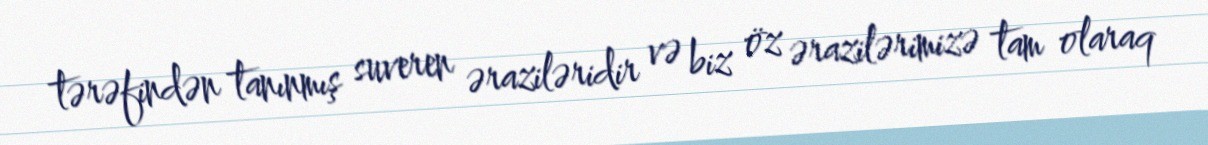
tərəfindən tanınmış suveren əraziləridir və biz öz ərazilərimizə tam olaraq